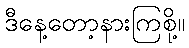
ဒီနေ့တော့နားကြစို့။